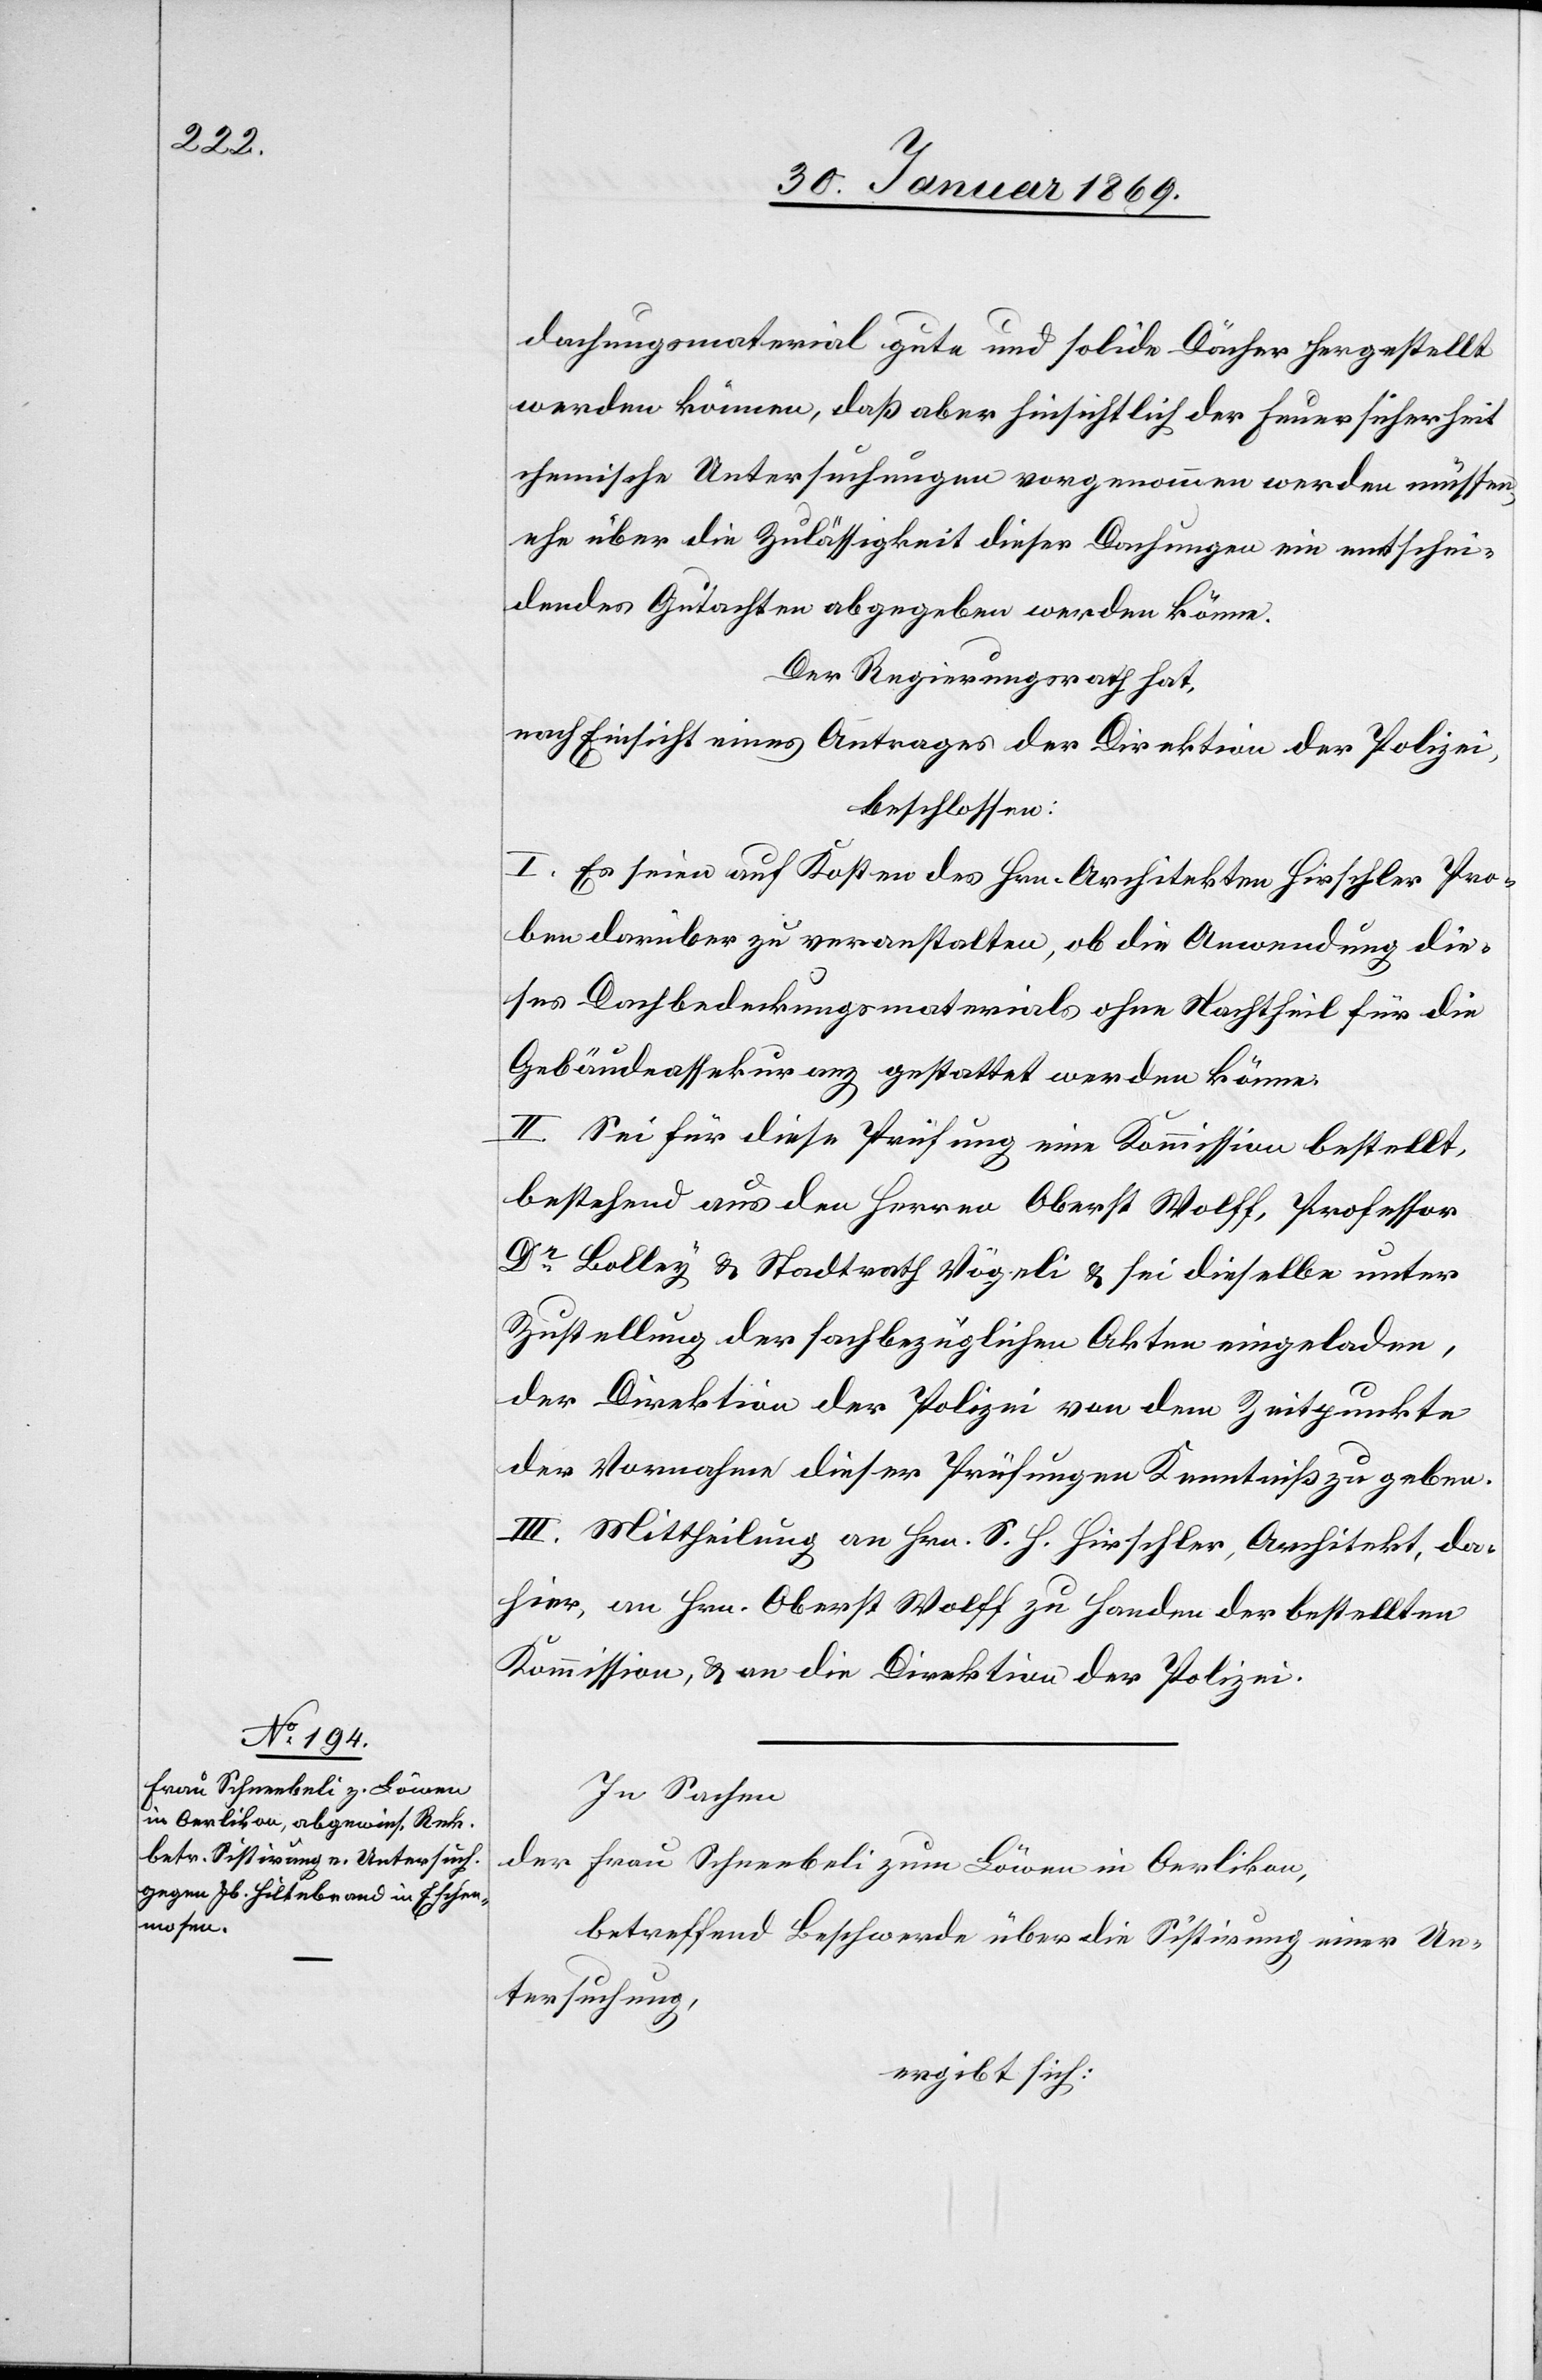
dachungsmaterial gute und solide Dächer hergestellt
werden können, daß aber hinsichtlich der Feuersicherheit
chemische Untersuchungen vorgenommen werden müssen,
ehe über die Zulässigkeit dieser Dachungen ein entschei¬
dendes Gutachten abgegeben werden könne.
Der Regierungsrath hat,
nach Einsicht eines Antrages der Direktion der Polizei,
beschlossen:
I. Es seien auf Kosten des Hrn. Architekten Hirschler Pro¬
ben darüber zu veranstalten, ob die Anwendung die¬
ses Dachbedeckungsmaterials ohne Nachtheil für die
Gebäudeassekuranz gestattet werden könne.
II. Sei für diese Prüfung eine Kommission bestellt,
bestehend aus den Herren Oberst Wolff, Professor
Dr Bolley u. Stadtrath Vögeli u. sei dieselbe unter
Zustellung der sachbezüglichen Akten eingeladen,
der Direktion der Polizei von dem Zeitpunkte
die Vornahme dieser Prüfungen Kenntniß zu geben.
III. Mittheilung an Hrn. S. H. Hirschler, Architekt, da¬
hier, an Hrn. Oberst Wolff zu Handen der bestellten
Kommission, u. an die Direktion der Polizei.
In Sachen
der Frau Schneebeli zum Löwen in Oerlikon,
betreffend Beschwerde über die Sistirung einer Un¬
tersuchung,
ergibt sich: